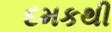
દમકથી